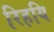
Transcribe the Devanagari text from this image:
रिहयि